Report on the lunatic asylums under the Government of Bombay - 1904-1913
Year: 1904
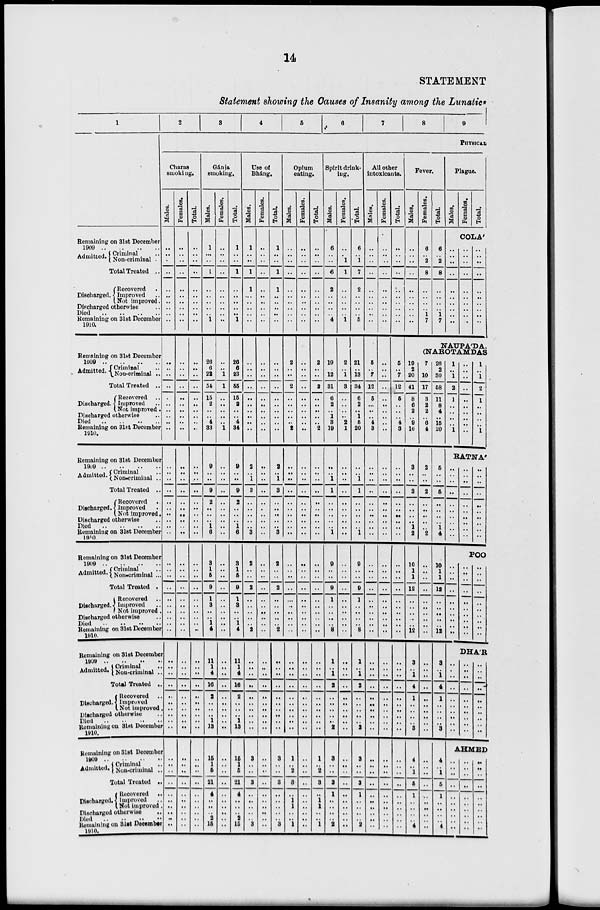
14
STATEMENT
Statement showing the Causes of Insanity among the Lunatics
1
Remaining on 31st December
1909
..
..
..
..
Admitted. Criminal ..
Non-criminal ..
Total Treated ..
Discharged.
Recovered ..
Improved ..
Not improved.
Discharged otherwise ..
Died .. .. .. ..
Remaining on 31st December
1910.
Remaining on 31st December
1909
..
..
..
..
Admitted. Criminal ..
Non-criminal ..
Total Treated ..
Discharged.
Recovered ..
Improved. ..
Not improved.
Discharged otherwise ..
Died .. .. .. ..
Remaining on 31st December
1910.
Remaining on 31st December
1909
..
..
..
..
Admitted.. Criminal ..
Non-criminal ..
Total Treated ..
Discharged
Recovered ..
Improved ..
Not improved.
Discharged otherwise ..
Died .. .. .. ..
Remaining on 31st December
1910
Remaining on 31st December
1909
..
..
..
..
Admitted. Criminal ..
Non-criminal ...
Total Treated ..
Discharged
Recovered ..
Improved ..
Not improved.
Discharged otherwise ..
Died .. .. .. ..
Remaining on 31st December
1910.
Remaining on 31st December
1909
..
..
..
..
Admitted.
Criminal ..
Non-criminal ..
Total Treated ..
Discharged
Recovered ..
Improved ..
Not improved ..
Discharged otherwise ..
Died .. .. .. ..
Remaining on 31st December
1910.
Remaining on 31st December
1909 .. .. .. ..
Admitted. Criminal
Non-criminal .
Total Treated ..
Discharged.
Recovered ..
Improved ..
Not improved ..
Discharged otherwise
..
Died .. .. .. ..
Remaining on 31st December
1910.
2
3
4
5
6
7
8
9
PHYSICAL
Charas
smoking.
Males.
..
..
..
..
..
..
..
..
..
..
..
..
..
..
.
..
..
..
..
..
..
..
..
..
..
..
..
..
..
..
..
..
..
..
..
..
..
..
..
..
...
..
..
..
..
..
..
..
..
..
...
..
..
..
..
..
..
..
...
..
Females.
..
..
..
..
..
..
..
..
..
..
..
..
..
..
..
..
..
..
..
...
..
..
..
..
..
..
..
..
..
..
..
..
..
..
..
..
..
..
..
..
..
..
..
..
..
..
..
..
..
..
..
..
..
..
..
..
..
..
..
..
Total.
..
..
..
..
..
..
..
..
..
..
..
..
..
..
..
..
..
..
..
...
..
..
..
..
..
..
..
..
..
..
..
..
..
..
..
..
..
..
..
..
..
..
..
..
..
..
..
..
..
..
..
..
..
..
..
..
..
..
..
..
Gánja
smoking.
Males.
1
..
..
1
..
..
..
..
..
1
26
6
22
54
15
2
..
..
4
33
9
..
..
9
2
..
..
..
1
6
3
1
5
9
1
3
..
..
1
4
11
1
4
16
2
..
..
..
1
13
15
1
5
21
4
..
..
..
2
15
Females.
..
..
..
..
..
..
..
..
..
..
..
..
1
1
..
..
..
..
..
1
..
..
..
..
..
..
..
..
..
..
..
..
..
..
..
..
..
..
..
..
..
..
..
..
..
..
..
..
..
..
..
..
..
..
..
..
..
..
..
..
Total.
1
..
..
1
..
..
..
..
..
1
26
6
23
55
15
2
..
..
4
34
9
..
..
9
2
..
..
..
1
6
3
1
5
9
1
3
..
..
1
4
11
1
4
16
2
..
..
..
1
13
15
1
5
21
4
..
..
..
2
15
Use of
Bháng.
Males.
1
..
..
1
1
..
..
..
..
..
..
..
..
..
..
..
..
..
..
..
2
..
1
3
..
..
..
..
..
3
2
..
..
2
..
..
..
..
..
2
..
..
..
..
..
..
..
..
..
..
3
..
..
3
..
..
..
..
.. 3
Females.
..
..
..
..
..
..
..
..
..
..
..
..
..
..
..
..
..
..
..
..
..
..
..
..
..
..
..
..
..
..
..
..
..
..
..
..
..
..
..
..
..
..
..
..
..
..
..
..
..
..
..
..
..
..
..
..
..
..
.. ..
Total.
1
..
..
1
1
..
..
..
..
..
..
..
..
..
..
..
..
..
..
..
2
..
1
3
..
..
..
..
..
3
2
..
..
2
..
..
..
..
..
2
..
..
..
..
..
..
..
..
..
..
3
..
..
3
..
..
..
..
.. 3
Opium
eating.
Males.
..
..
..
..
..
..
..
..
..
..
2
..
..
2
..
..
..
..
..
2
..
..
..
..
..
..
..
..
..
..
..
..
..
..
..
..
..
..
..
..
..
..
..
..
..
..
..
..
..
..
1
..
2
3
..
1
1
..
.. 1
Females.
..
..
..
..
..
..
..
..
..
..
..
..
..
..
..
..
..
..
..
..
..
..
..
..
..
..
..
..
..
..
..
..
..
..
..
..
..
..
..
..
..
..
..
..
..
..
..
..
..
..
..
..
..
..
..
..
..
..
..
..
Total.
..
..
..
..
..
..
..
..
..
..
2
..
..
2
..
..
..
..
..
2
..
..
..
..
..
..
..
..
..
..
..
..
..
..
..
..
..
..
..
..
..
..
..
..
..
..
..
..
..
..
1
..
2
3
..
1
1
..
.. 1
Spirit drink-
ing.
Males.
6
..
..
6
2
..
..
..
..
4
19
..
12
31
6
2
..
1
3
19
..
..
1
1
..
..
..
..
..
1
9
..
..
9
1
..
..
..
..
8
1
..
1
2
..
..
..
..
.. 2
3
..
..
3
1
..
..
..
.. 2
Females.
..
..
1
1
..
..
..
..
..
1
2
..
1
3
..
..
..
..
2
1
..
..
..
..
..
..
..
..
..
..
..
..
..
..
..
..
..
..
..
..
..
..
..
..
..
..
..
..
..
..
..
..
..
..
..
..
..
..
..
..
Total.
6
..
1
7
2
..
..
..
..
5
21
..
13
34
6
2
..
1
5
20
..
..
1
1
..
..
..
..
..
1
9
..
..
9
1
..
..
..
..
8
1
..
1
2
..
..
..
..
.. 2
3
..
..
3
1
..
..
..
.. 2
All other
intoxicants.
Males.
..
..
..
..
..
..
..
..
..
..
5
..
7
12
5
..
..
..
4
3
..
..
..
..
..
..
..
..
..
..
..
..
..
..
..
..
..
..
..
..
..
..
..
..
..
..
..
..
..
..
..
..
..
..
..
..
..
..
..
..
Females.
..
..
..
..
..
..
..
..
..
..
..
..
..
..
..
..
..
..
..
..
..
..
..
..
..
..
..
..
..
..
..
..
..
..
..
..
..
..
..
..
..
..
..
..
..
..
..
..
..
..
..
..
..
..
..
..
..
..
..
..
Total.
..
..
..
..
..
..
..
..
..
..
5
..
7
12
5
..
..
..
4
3
..
..
..
..
..
..
..
..
..
..
..
..
..
..
..
..
..
..
..
..
..
..
..
..
..
..
..
..
..
..
..
..
..
..
..
..
..
..
..
..
Fever.
Males.
..
..
..
..
..
..
..
..
..
..
Females.
6
..
2
8
..
..
..
..
1
7
Total.
6
..
2
8
..
..
..
..
1
7
Plague.
Males,
Females.
Total.
COLA'
..
..
..
..
..
..
..
..
..
..
..
..
..
..
..
..
..
..
..
..
..
..
..
..
..
..
..
..
..
..
NAUPA'DA,
(NAROTAMDAS
19
2
20
41
8
6
2
..
9
16
3
..
..
3
..
..
..
..
1
2
10
1
1
12
..
..
..
..
..
12
3
..
1
4
1
..
..
..
..
3
4
..
1
5
1
..
..
..
.. 4
7
..
10
17
3
2
2
..
6
4
2
..
..
2
..
..
..
..
..
2
..
..
..
..
..
..
..
..
..
..
..
..
..
..
..
..
..
..
..
..
..
..
..
..
..
..
..
..
..
..
26
2
30
58
11
8
4
..
15
20
5
..
..
5
..
..
..
..
1
4
10
1
1
12
..
..
..
..
..
12
3
..
1
4
1
..
..
..
..
3
4
..
1
5
1
..
..
..
.. 4
1
..
1
2
1
..
..
..
..
1
..
..
..
..
..
..
..
..
..
..
1
..
1
2
1
..
..
..
..
1
RATNA'
..
..
..
..
..
..
..
..
..
..
..
..
..
..
..
..
..
..
..
..
..
..
..
..
..
..
..
..
..
..
POO
..
..
..
..
..
..
..
..
..
..
..
..
..
..
..
..
..
..
..
..
..
..
..
..
..
..
..
..
..
..
DHA'R
..
..
..
..
..
..
..
..
..
..
..
..
..
..
..
..
..
..
..
..
..
..
..
..
..
..
..
..
..
..
AHMED
..
..
..
..
..
..
..
..
..
..
..
..
..
..
..
..
..
..
..
..
..
..
..
..
..
..
..
..
..
..